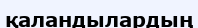
қаландылардың